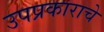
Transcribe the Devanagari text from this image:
उपप्रकाराचे